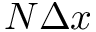
N \Delta x